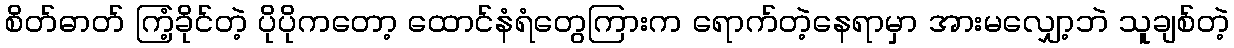
စိတ်ဓာတ် ကြံ့ခိုင်တဲ့ ပိုပိုကတော့ ထောင်နံရံတွေကြားက ရောက်တဲ့နေရာမှာ အားမလျှော့ဘဲ သူချစ်တဲ့